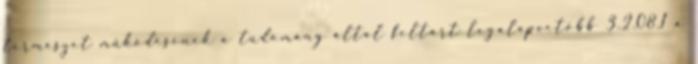
természet működésének a tudomány által feltárt legalapvetőbb 3.2.08.1 a